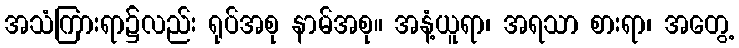
အသံကြားရာ၌လည်း ရုပ်အစု နာမ်အစု။ အနံ့ယူရာ၊ အရသာ စားရာ၊ အတွေ့